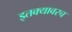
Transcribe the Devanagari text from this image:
इतक्यावरच